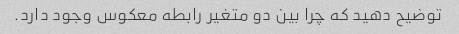
توضیح دهید که چرا بین دو متغیر رابطه معکوس وجود دارد.